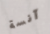
آنسة